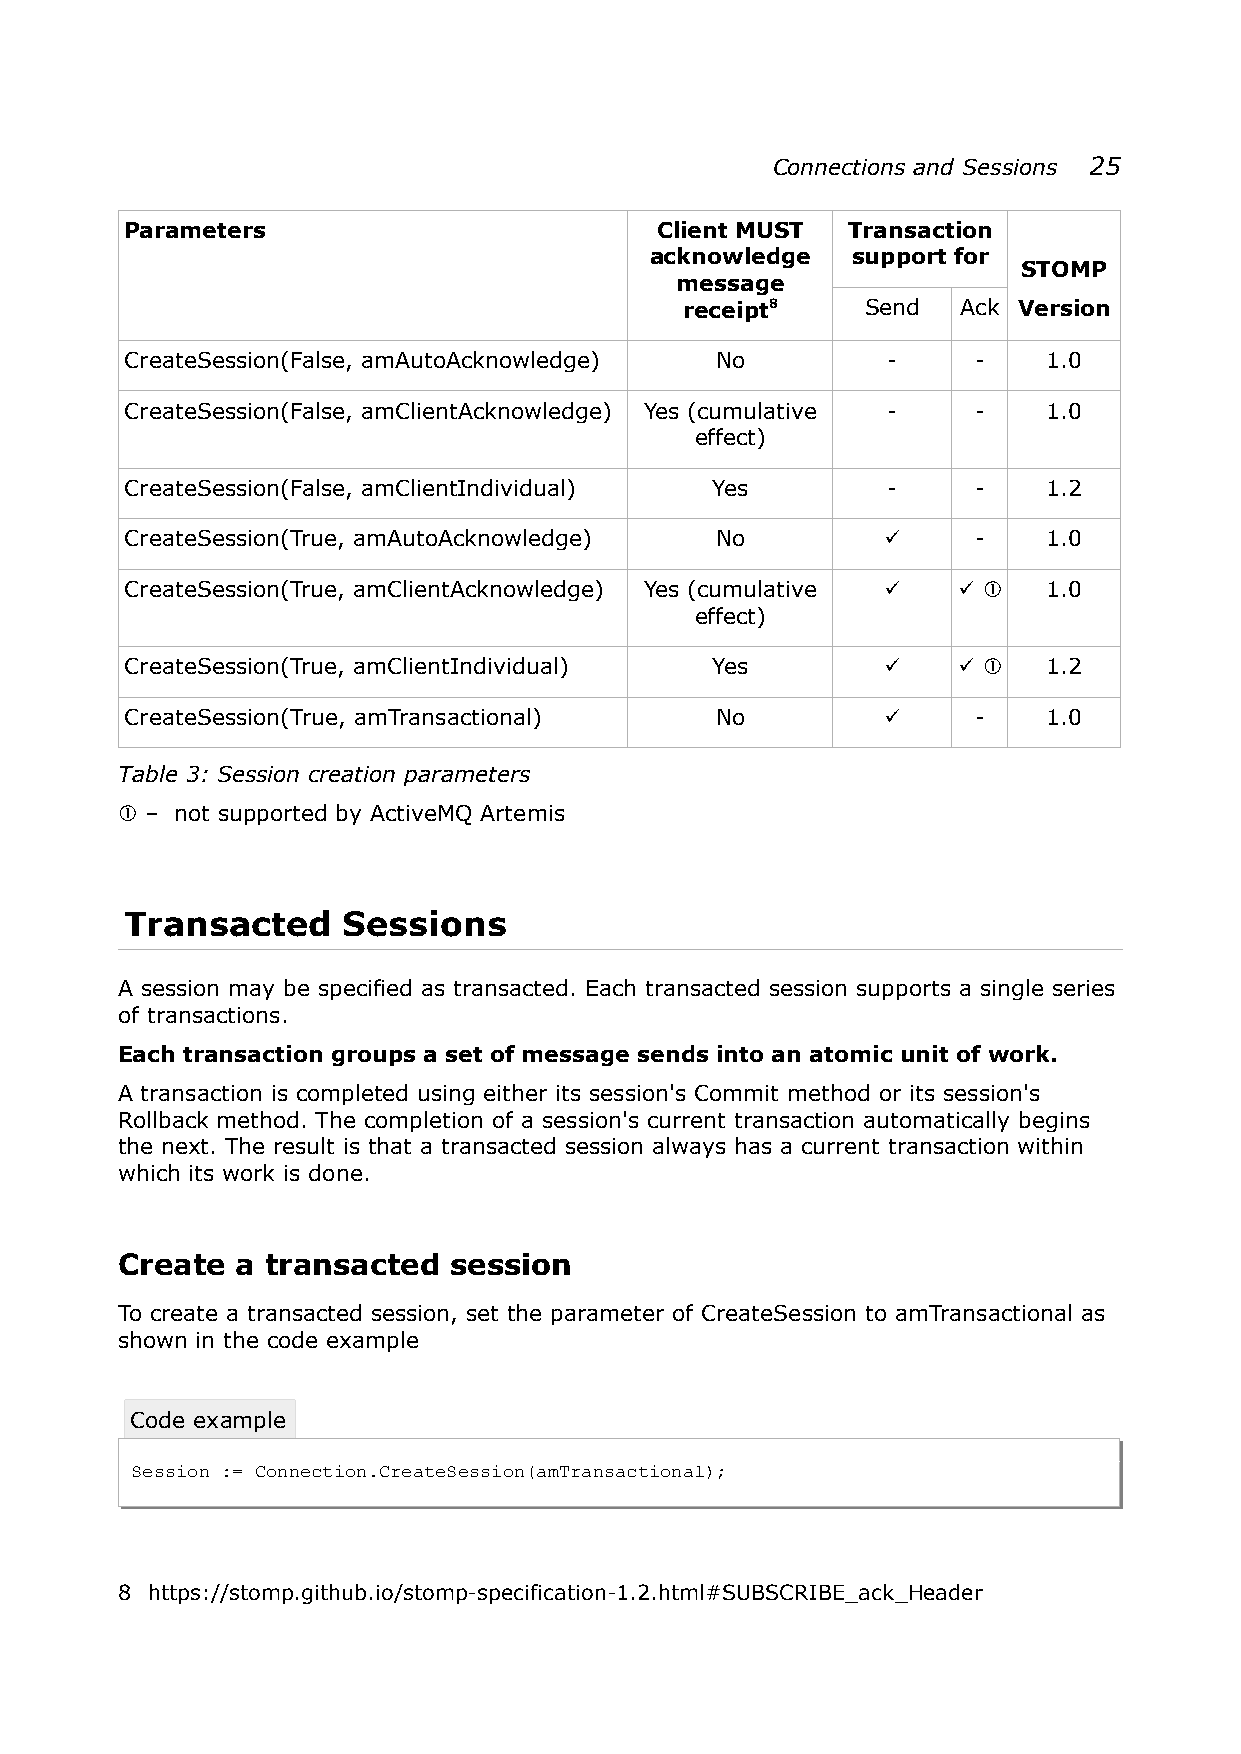
Connections and Sessions 25
 Parameters                         Client MUST  Transaction
 acknowledge  support for
 STOMP
 message
 receipt8    Send   Ack Version
 CreateSession(False, amAutoAcknowledge) No         -     -   1.0
 CreateSession(False, amClientAcknowledge) Yes (cumulative - - 1.0
 effect)
 CreateSession(False, amClientIndividual) Yes       -     -   1.2
 CreateSession(True, amAutoAcknowledge) No         ✓      -   1.0
 CreateSession(True, amClientAcknowledge) Yes (cumulative ✓ ✓ ① 1.0
 effect)
 CreateSession(True, amClientIndividual) Yes       ✓    ✓ ①   1.2
 CreateSession(True, amTransactional)   No         ✓      -   1.0
 Table 3: Session creation parameters
 ① – not supported by ActiveMQ Artemis
 Transacted     Sessions
 A session may be specified as transacted. Each transacted session supports a single series
 of transactions.
 Each transaction groups a set of message sends into an atomic unit of work.
 A transaction is completed using either its session's Commit method or its session's
 Rollback method. The completion of a session's current transaction automatically begins
 the next. The result is that a transacted session always has a current transaction within
 which its work is done.
 Create  a transacted  session
 To create a transacted session, set the parameter of CreateSession to amTransactional as
 shown in the code example
 Code example
 Session := Connection.CreateSession(amTransactional);
 8 https://stomp.github.io/stomp-specification-1.2.html#SUBSCRIBE_ack_Header